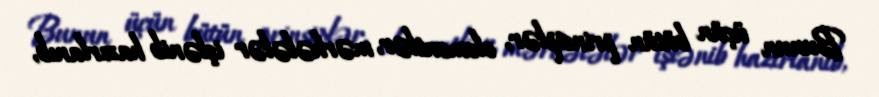
Bunun üçün bütün prinsiplər, elementlər, mərhələlər işlənib hazırlanıb,